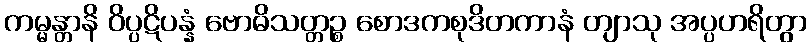
ကမ္မန္တာနိ ဝိပ္ပဋိပန္နံ ဗောဓိသတ္တဉ္စ စောဒကစုဒိတကာနံ တျာသု အပ္ပဟရိတွာ